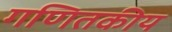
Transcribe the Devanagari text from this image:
गणितकीय